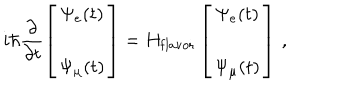
LaTeX: i \hbar \frac { \partial } { \partial t } \left[ \begin{array} { c c } { { \Psi _ { e } ( t ) } } \\ { { \Psi _ { \mu } ( t ) } } \\ \end{array} \right] = H _ { \mathrm { f l a v o r } } \left[ \begin{array} { c c } { { \Psi _ { e } ( t ) } } \\ { { \Psi _ { \mu } ( t ) } } \\ \end{array} \right] \, ,